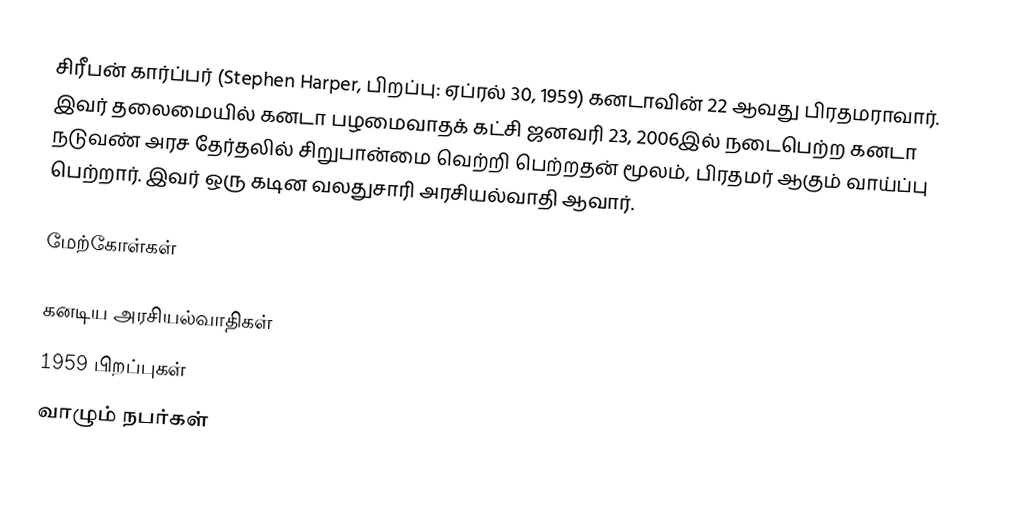
சிரீபன் கார்ப்பர் (Stephen Harper, பிறப்பு: ஏப்ரல் 30, 1959) கனடாவின் 22 ஆவது பிரதமராவார். இவர் தலைமையில் கனடா பழமைவாதக் கட்சி ஜனவரி 23, 2006இல் நடைபெற்ற கனடா நடுவண் அரச தேர்தலில் சிறுபான்மை வெற்றி பெற்றதன் மூலம், பிரதமர் ஆகும் வாய்ப்பு பெற்றார். இவர் ஒரு கடின வலதுசாரி அரசியல்வாதி ஆவார்.

மேற்கோள்கள்

கனடிய அரசியல்வாதிகள்
1959 பிறப்புகள்
வாழும் நபர்கள்